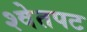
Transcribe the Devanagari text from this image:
श्वेतपट